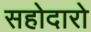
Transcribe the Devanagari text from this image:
सहोदारो